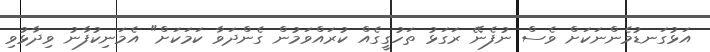
އަޅުގަނޑުމެންނަކަށް ވެސް ނުފެނޭ ރަގަޅު ތަހުގީގެއް ކުރައްވަމުން ގެންދަވާ ކަމަކަށް" އެމަނިކުފާނު ވިދާޅުވި